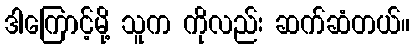
ဒါကြောင့်မို့ သူက ကိုလည်း ဆက်ဆံတယ်။